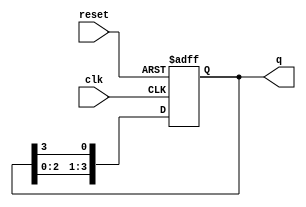
module ring_counter #(
    parameter N = 4  // Number of stages (flip-flops)
) (
    input wire clk,    // Clock signal
    input wire reset,  // Asynchronous reset signal
    output reg [N-1:0] q // Output state of the ring counter
);

// Initial state
initial begin
    q = 1'b1; // Start with the first flip-flop set to '1'
end

// Always block for state transition
always @(posedge clk or posedge reset) begin
    if (reset) begin
        q <= 1'b1; // Reset the counter to the initial state
    end else begin
        // Shift the '1' bit around the ring
        q <= {q[N-2:0], q[N-1]}; // Shift left and wrap around
    end
end

endmodule